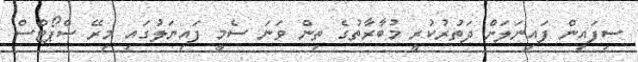
ސިފައިން ފައިނަލަށް ދަތުރުކުރީ މުބާރާތުގެ ތިން ވަނަ ސެމީ ފައިނަލުގައި މިރޭ ސްޕޯޓްސް